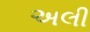
અલી